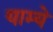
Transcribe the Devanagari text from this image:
याम्ये